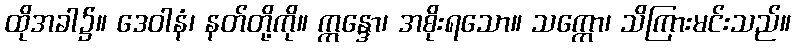
ထိုအခါ၌။ ဒေဝါနံ၊ နတ်တို့ကို။ ဣန္ဒော၊ အစိုးရသော။ သက္ကော၊ သိကြားမင်းသည်။